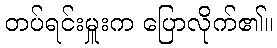
တပ်ရင်းမှူးက ပြောလိုက်၏။